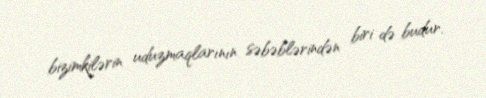
bizimkilərin uduzmaqlarının səbəblərindən biri də budur.